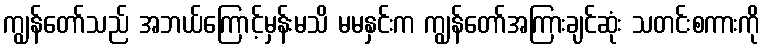
ကျွန်တော်သည် အဘယ်ကြောင့်မှန်းမသိ မမနှင်းက ကျွန်တော်အကြားချင်ဆုံး သတင်းစကားကို